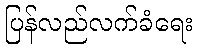
ပြန်လည်လက်ခံရေး